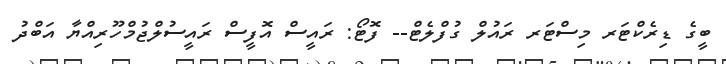
ބީގެ ޑިރެކްޓަރ މިސްޓަރ ރައުލް ގުފްލެޓް-- ފޮޓޯ: ރައީސް އޮފީސް ރައީސުލްޖުމްހޫރިއްޔާ އަބްދު